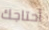
أحتاجك